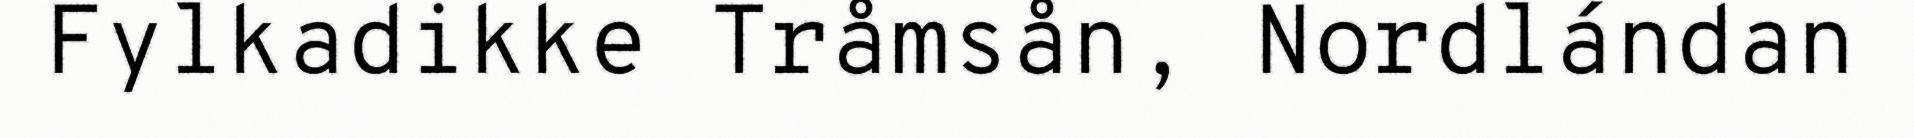
Fylkadikke Tråmsån, Nordlándan